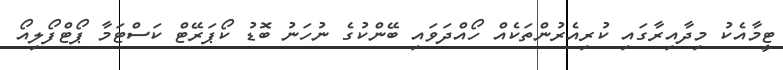
ޓީމާއެކު މިދާއިރާގައި ކުރިއެރުންތަކެއް ހޯއްދަވައި ބޭންކުގެ ނުހަނު ބޮޑު ކޯޕަރޭޓް ކަސްޓަމާ ޕޯޓްފޯލިއޯ